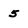
Character: 5